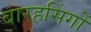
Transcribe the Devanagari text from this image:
बारहसिंगों